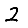
Digit: 2